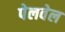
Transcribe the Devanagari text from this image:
पेलवेल